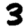
Digit: 3